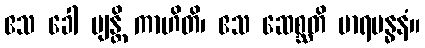
ဧသ ခေါ ဗျန္တိ ကာဟိတိ၊ ဧသ ဆေစ္ဆတိ မာရဗန္ဓနံ။